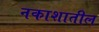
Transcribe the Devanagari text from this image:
नकाशातील